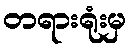
တရားရုံးမှ